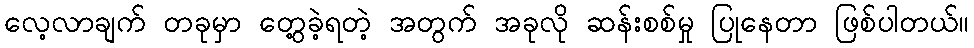
လေ့လာချက် တခုမှာ တွေ့ခဲ့ရတဲ့ အတွက် အခုလို ဆန်းစစ်မှု ပြုနေတာ ဖြစ်ပါတယ်။